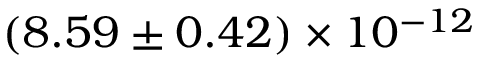
( 8 . 5 9 \pm 0 . 4 2 ) \times 1 0 ^ { - 1 2 }